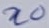
Text: n0